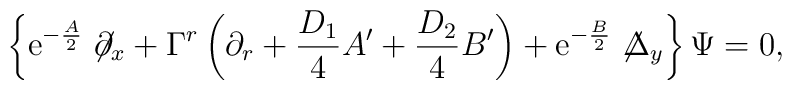
\left\{{\rm e}^{-\frac{A}{2}}\not\hspace{-0.1cm}{\partial}_x+\Gamma^r\left(\partial_r+{D_1\over 4}A'+{D_2\over 4}B'\right)+{\rm e}^{-{B\over 2}}\not\hspace{-0.1cm}{\Delta}_y\right\}\Psi=0,